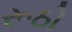
રૂઠો